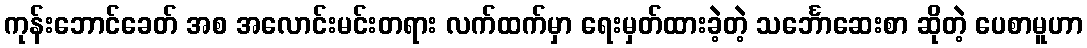
ကုန်းဘောင်ခေတ် အစ အလောင်းမင်းတရား လက်ထက်မှာ ရေးမှတ်ထားခဲ့တဲ့ သင်္ဘောဆေးစာ ဆိုတဲ့ ပေစာမူဟာ